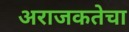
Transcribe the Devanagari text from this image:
अराजकतेचा